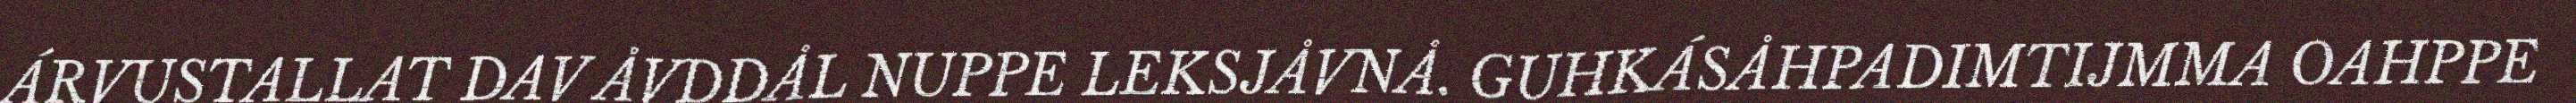
ÁRVUSTALLAT DAV ÅVDDÅL NUPPE LEKSJÅVNÅ. GUHKÁSÅHPADIMTIJMMA OAHPPE